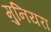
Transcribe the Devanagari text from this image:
मुनियरा